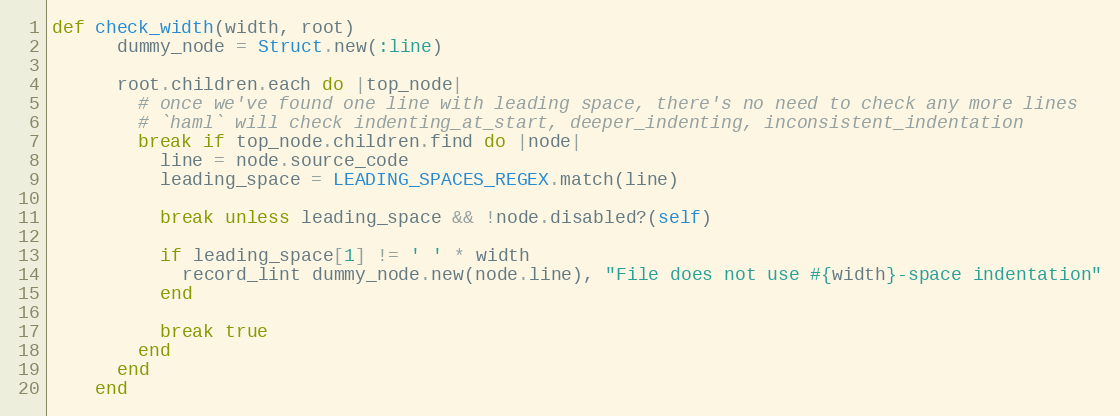
Language: Ruby
def check_width(width, root)
      dummy_node = Struct.new(:line)

      root.children.each do |top_node|
        # once we've found one line with leading space, there's no need to check any more lines
        # `haml` will check indenting_at_start, deeper_indenting, inconsistent_indentation
        break if top_node.children.find do |node|
          line = node.source_code
          leading_space = LEADING_SPACES_REGEX.match(line)

          break unless leading_space && !node.disabled?(self)

          if leading_space[1] != ' ' * width
            record_lint dummy_node.new(node.line), "File does not use #{width}-space indentation"
          end

          break true
        end
      end
    end